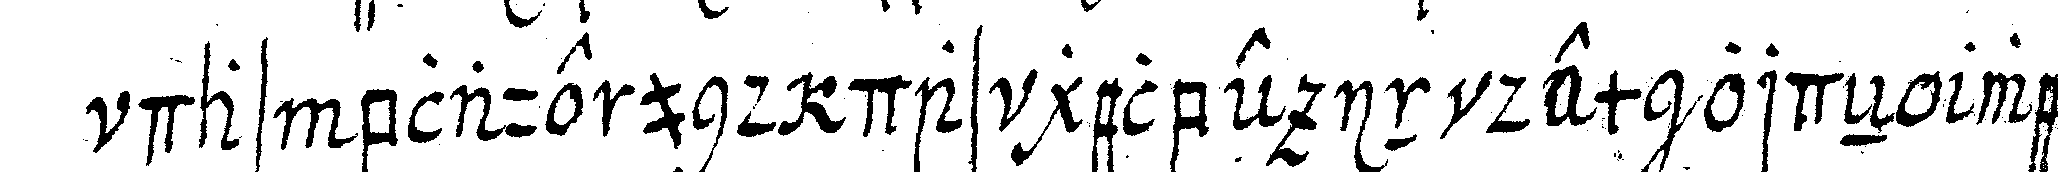
das blaue und das gelbe in dem ordeN weil